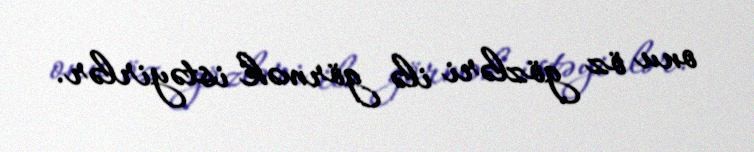
onu öz gözləri ilə görmək istəyirlər.